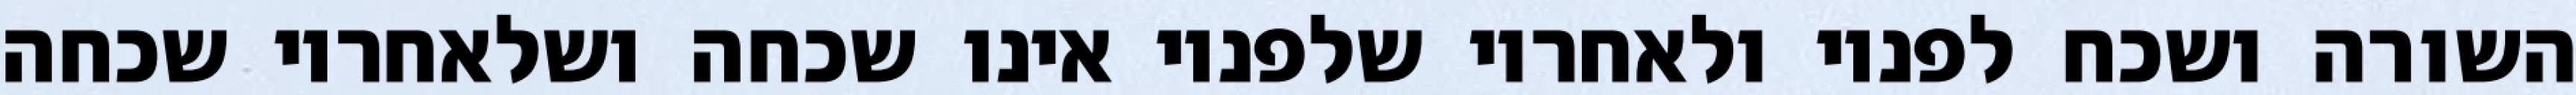
השורה ושכח לפניו ולאחריו שלפניו אינו שכחה ושלאחריו שכחה